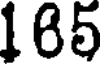
185